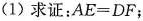
(1)求证：$$AE=DF$$；